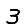
Digit: 3